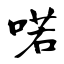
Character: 喏